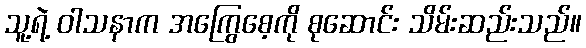
သူ့ရဲ့ ဝါသနာက အကြွေစေ့ကို စုဆောင်း သိမ်းဆည်းသည်။